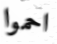
احموا